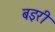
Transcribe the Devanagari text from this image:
बइरी